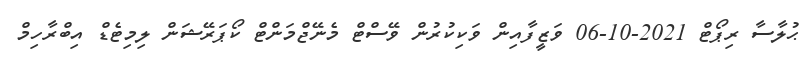
ޙުލާސާ ރިޕޯޓް 2021-10-06 ވަޒީފާއިން ވަކިކުރުން ވޭސްޓް މެނޭޖްމަންޓް ކޯޕަރޭޝަން ލިމިޓެޑް އިބްރާހިމް